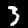
Label: 3